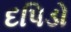
દપિડો